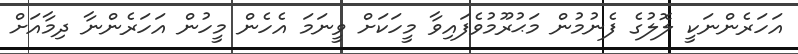
އަހަރެންނަކީ ލޮލުގެ ފެނުމުން މަޙުރޫމުވެފައިވާ މީހަކަށް ވީނަމަ އެހެން މީހުން އަހަރެންނާ ދިމާއަށް